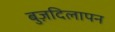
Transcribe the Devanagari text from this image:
बुज़दिलापन